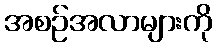
အစဉ်အလာများကို